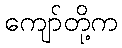
ကျော်တို့က